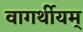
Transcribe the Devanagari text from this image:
वागर्थीयम्